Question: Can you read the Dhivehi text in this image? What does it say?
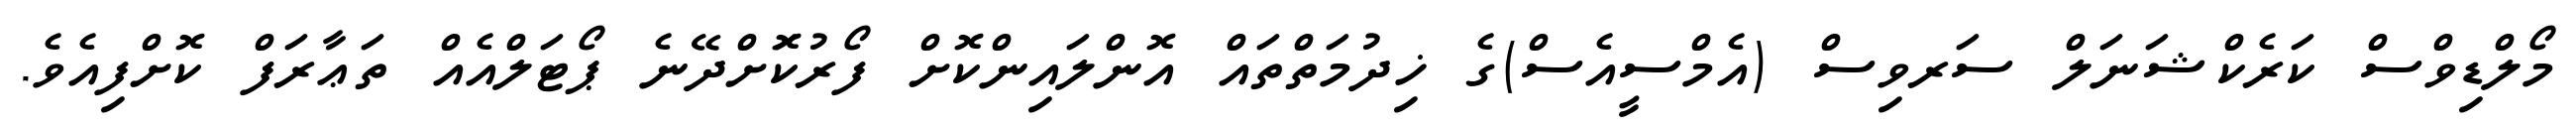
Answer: މޯލްޑިވްސް ކަރެކްޝަނަލް ސަރވިސް (އެމްސީއެސް)ގެ ޚިދުމަތްތައް އޮންލައިންކޮށް ފޯރުކޮަށްދޭނެ ޕޯޓަލްއެއް ތަޢާރަފް ކޮށްފިއެވެ.